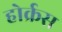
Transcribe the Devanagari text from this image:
होर्क्रस